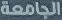
الجامعة